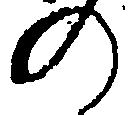
の